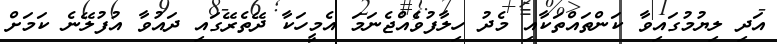
އަދި ލިޔުމުގައިވާ ކަންތައްތަކާއި މެދު ހިލާފުވެއްޖެނަމަ އެމީހަކާ ދޭތެރޭގައި ދައުވާ އުފުލޭނެ ކަމަށް